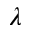
\lambda